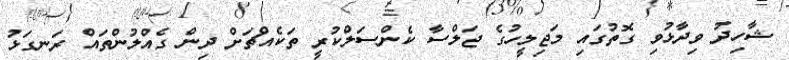
ޝާހިދު ވިދާޅުވި ގޮތުގައި މަޖިލީހުގެ ޖަލްސާ ކެންސަލްކުރީ ތަކެއްޗަށް ދިން ގެއްލުންތައް ރަނގަޅު